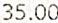
35.00